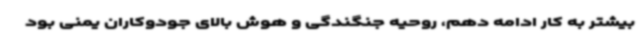
بیشتر به کار ادامه دهم، روحیه جنگندگی و هوش بالای جودوکاران یمنی بود